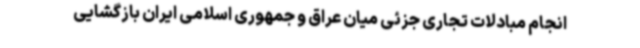
انجام مبادلات تجاری جزئی میان عراق و جمهوری اسلامی ایران بازگشایی